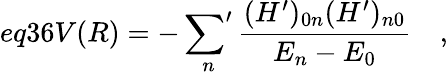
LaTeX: eq36V(R)=-\mathop{{\sum}^{\prime}}_{n}\frac{(H^{\prime})_{0n}(H^{\prime})_{n0}}{E_{n}-E_{0}}\quad,